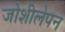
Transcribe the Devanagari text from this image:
जोशीलेपन